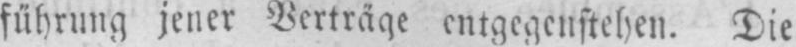
führung jener Verträge entgegenstehen. Die